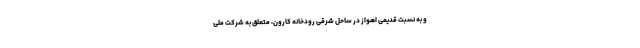
و به نسبت قدیمی اهواز در ساحل شرقی رودخانه کارون، متعلق به شرکت ملی